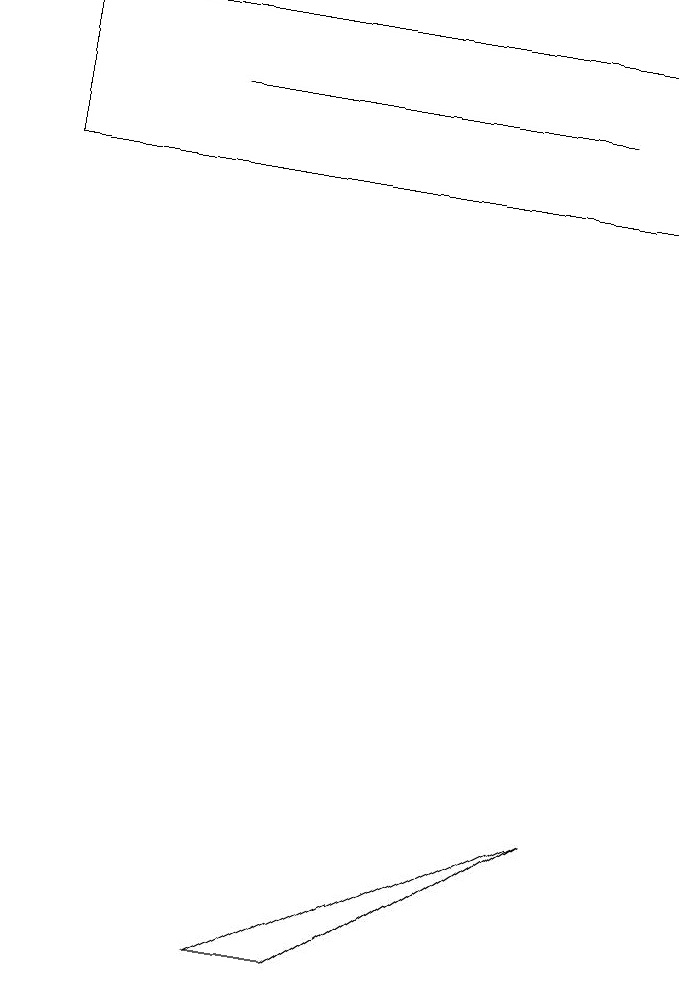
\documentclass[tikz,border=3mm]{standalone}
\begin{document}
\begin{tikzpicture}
\draw (3,5) -- (4,5) -- (7,7) -- cycle;
\draw (7,16) rectangle (2,16);
\draw (8,17) rectangle (0,15);
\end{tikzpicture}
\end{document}